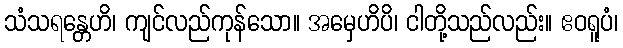
သံသရန္တေဟိ၊ ကျင်လည်ကုန်သော။ အမှေဟိပိ၊ ငါတို့သည်လည်း။ ဧဝရူပံ၊